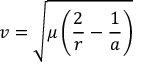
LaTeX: v = { \sqrt { \mu \left( { \frac { 2 } { r } } - { \frac { 1 } { a } } \right) } }